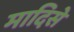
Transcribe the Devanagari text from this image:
मादिसे